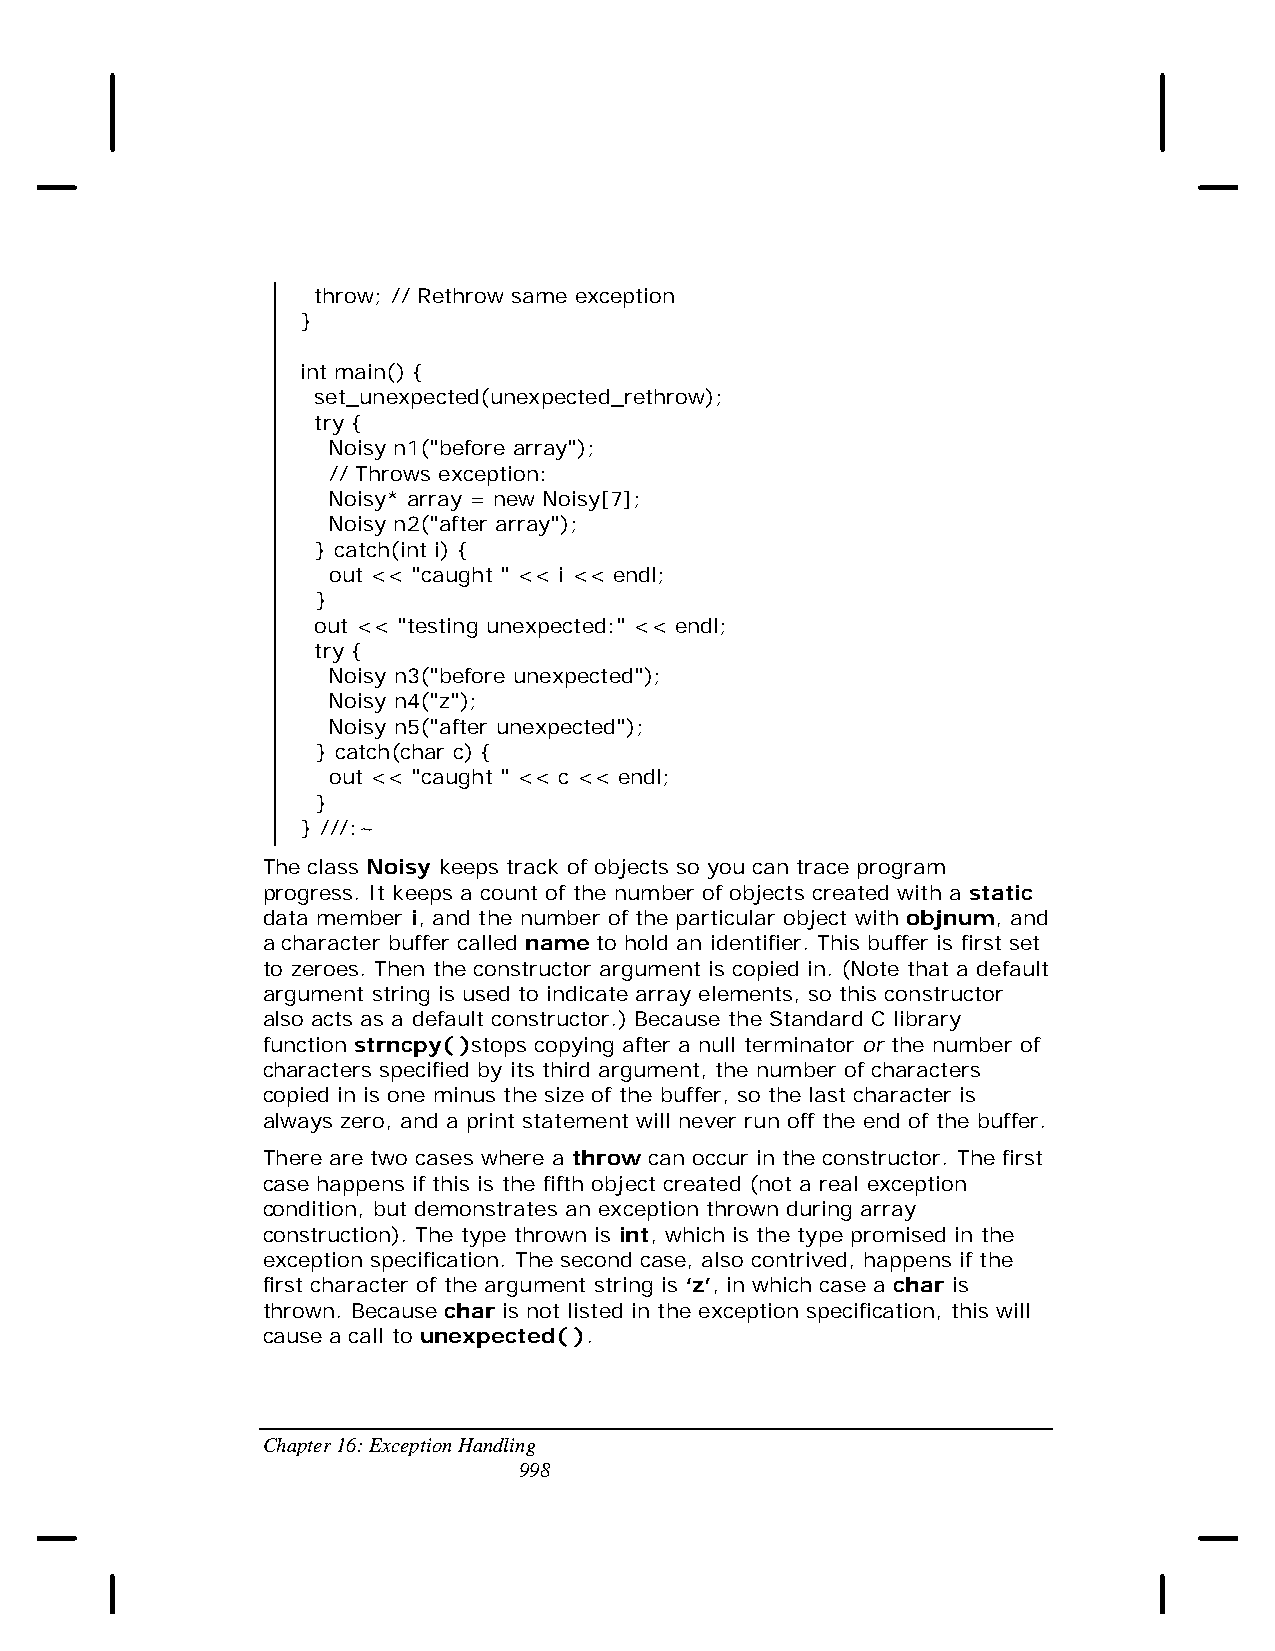
throw; // Rethrow same exception
 }
 int main() {
 set_unexpected(unexpected_rethrow);
 try {
 Noisy n1("before array");
 // Throws exception:
 Noisy* array = new Noisy[7];
 Noisy n2("after array");
 } catch(int i) {
 out << "caught " << i << endl;
 }
 out << "testing unexpected:" << endl;
 try {
 Noisy n3("before unexpected");
 Noisy n4("z");
 Noisy n5("after unexpected");
 } catch(char c) {
 out << "caught " << c << endl;
 }
 } ///:~
 The class Noisy keeps track of objects so you can trace program
 progress. It keeps a count of the number of objects created with a static
 data member i, and the number of the particular object with objnum, and
 a character buffer called name to hold an identifier. This buffer is first set
 to zeroes. Then the constructor argument is copied in. (Note that a default
 argument string is used to indicate array elements, so this constructor
 also acts as a default constructor.) Because the Standard C library
 function strncpy( )stops copying after a null terminator or the number of
 characters specified by its third argument, the number of characters
 copied in is one minus the size of the buffer, so the last character is
 always zero, and a print statement will never run off the end of the buffer.
 There are two cases where a throw can occur in the constructor. The first
 case happens if this is the fifth object created (not a real exception
 condition, but demonstrates an exception thrown during array
 construction). The type thrown is int, which is the type promised in the
 exception specification. The second case, also contrived, happens if the
 first character of the argument string is ‘z’, in which case a char is
 thrown. Because char is not listed in the exception specification, this will
 cause a call to unexpected( ).
 Chapter 16: Exception Handling
 998